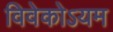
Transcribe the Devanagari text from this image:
विवेकोऽयम